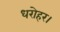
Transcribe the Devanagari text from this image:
धरोहर।